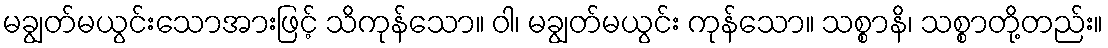
မချွတ်မယွင်းသောအားဖြင့် သိကုန်သော။ ဝါ၊ မချွတ်မယွင်း ကုန်သော။ သစ္စာနိ၊ သစ္စာတို့တည်း။